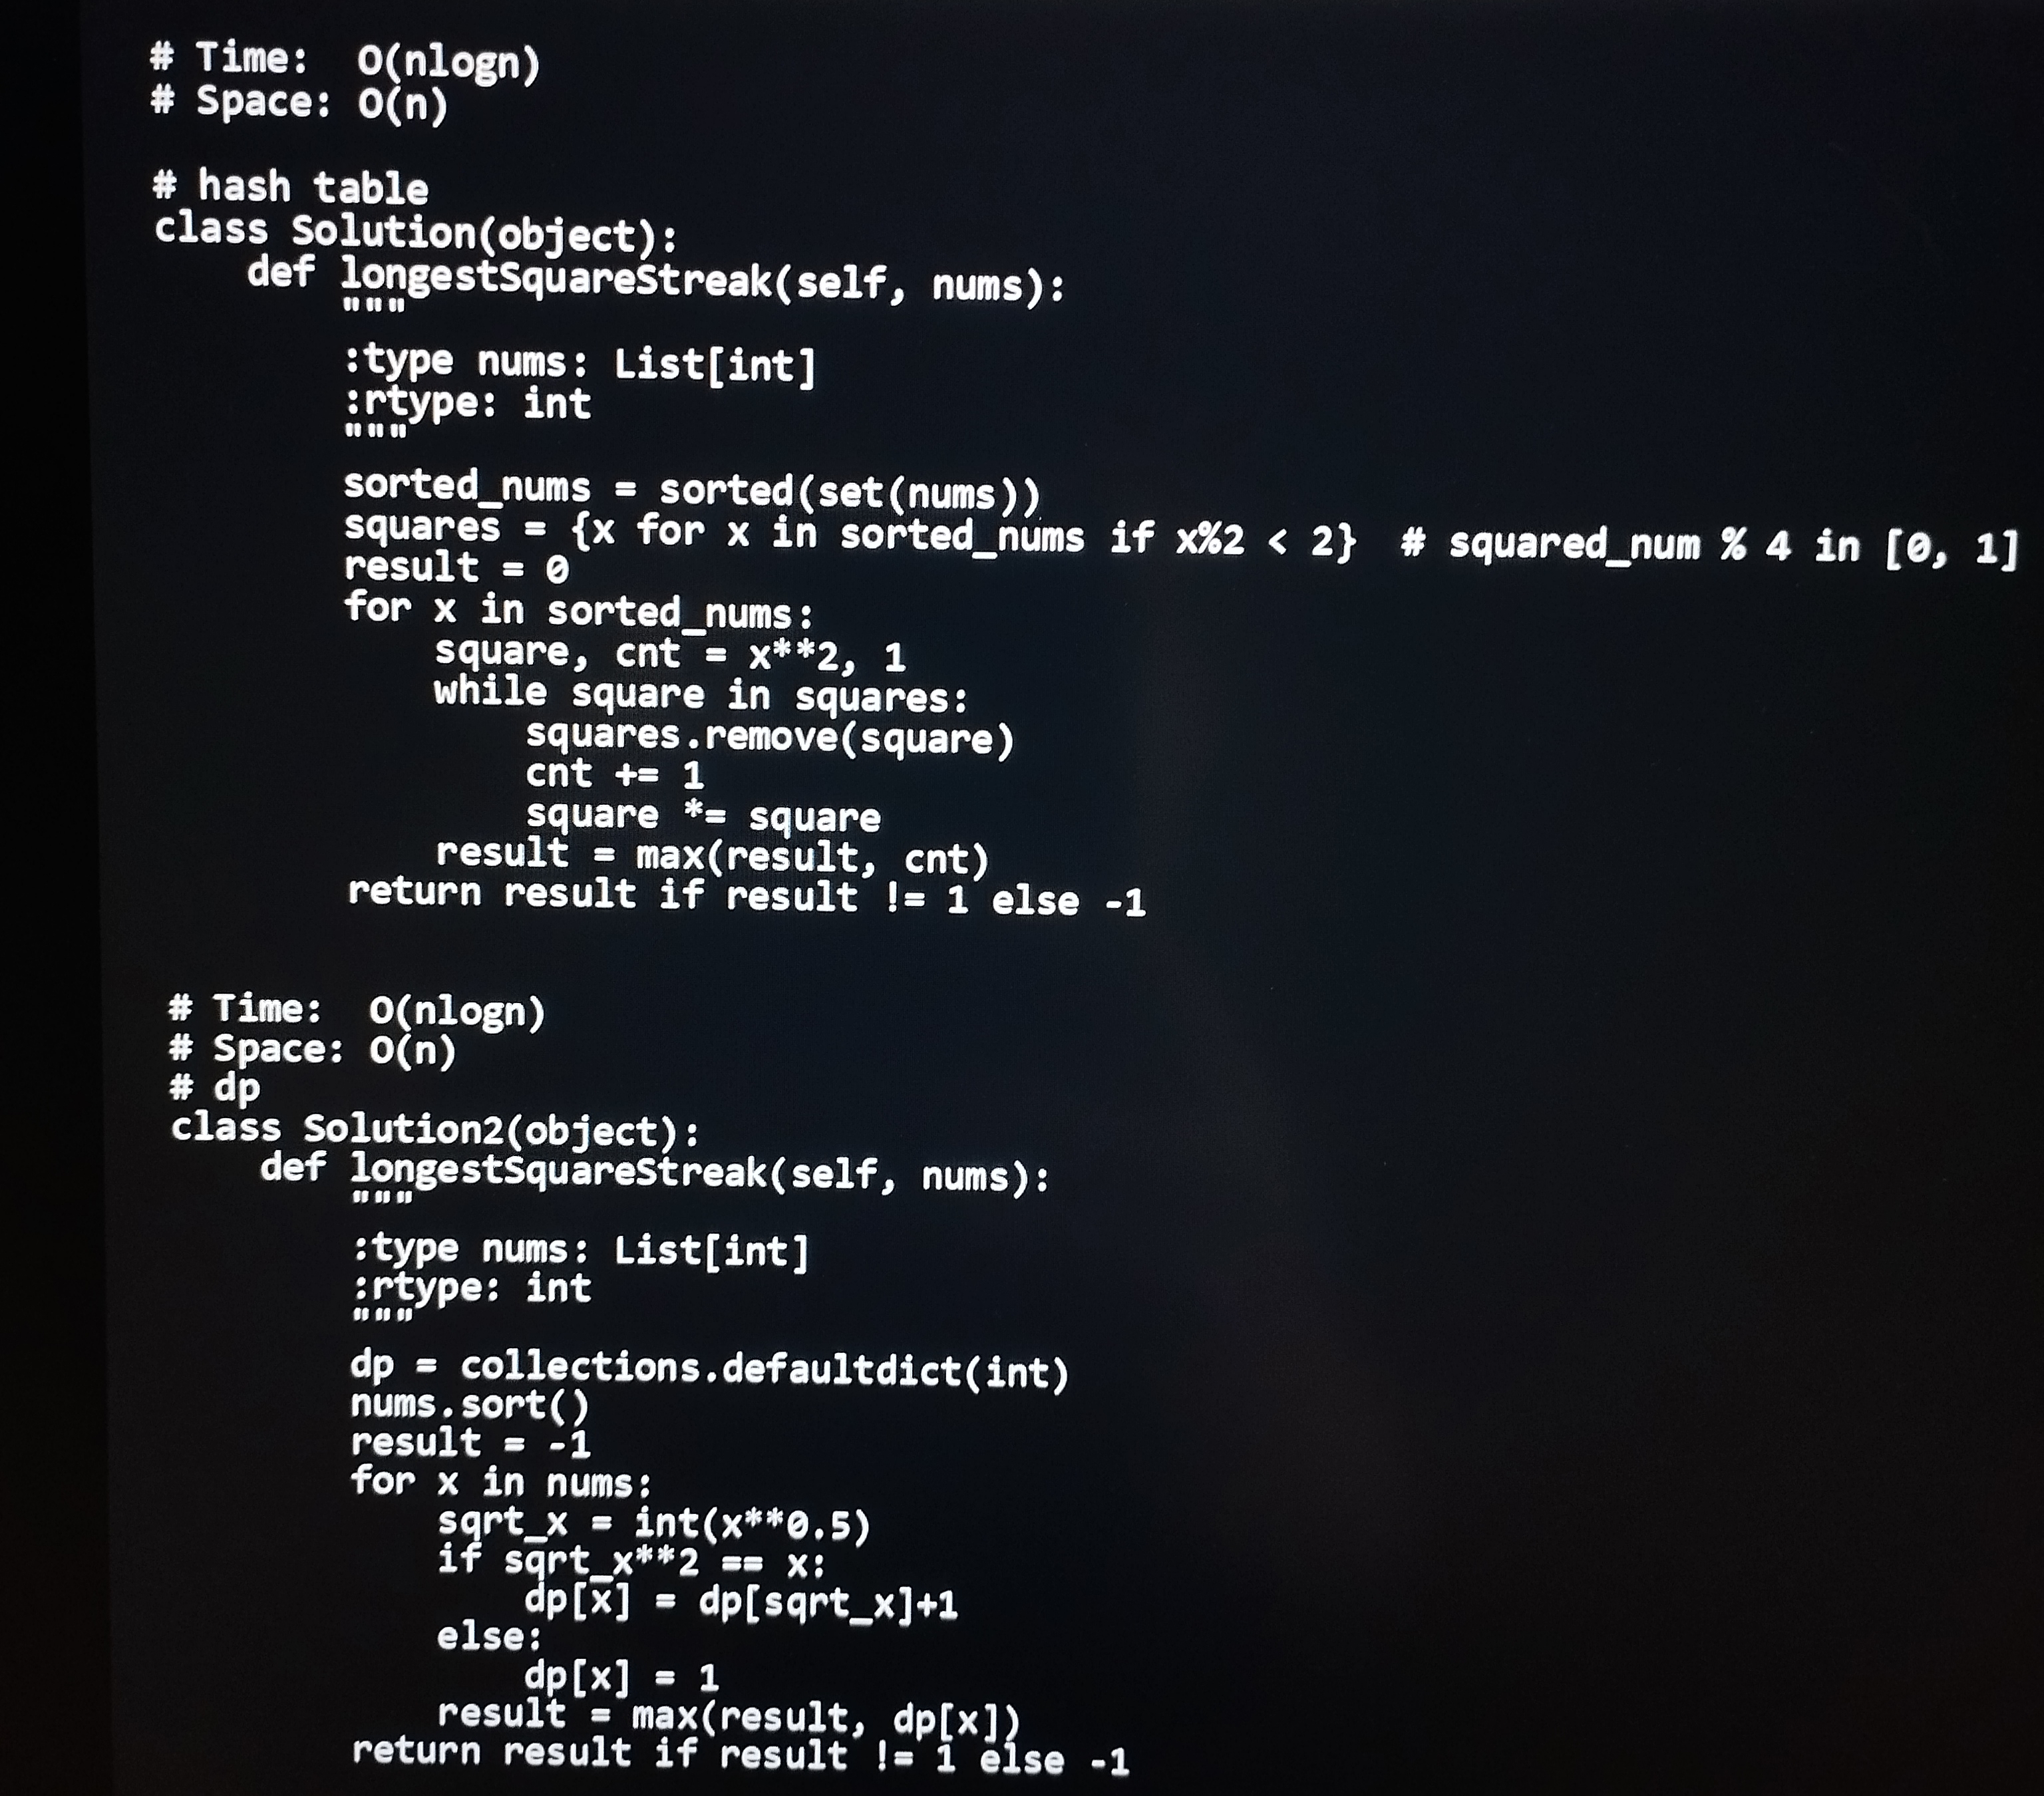
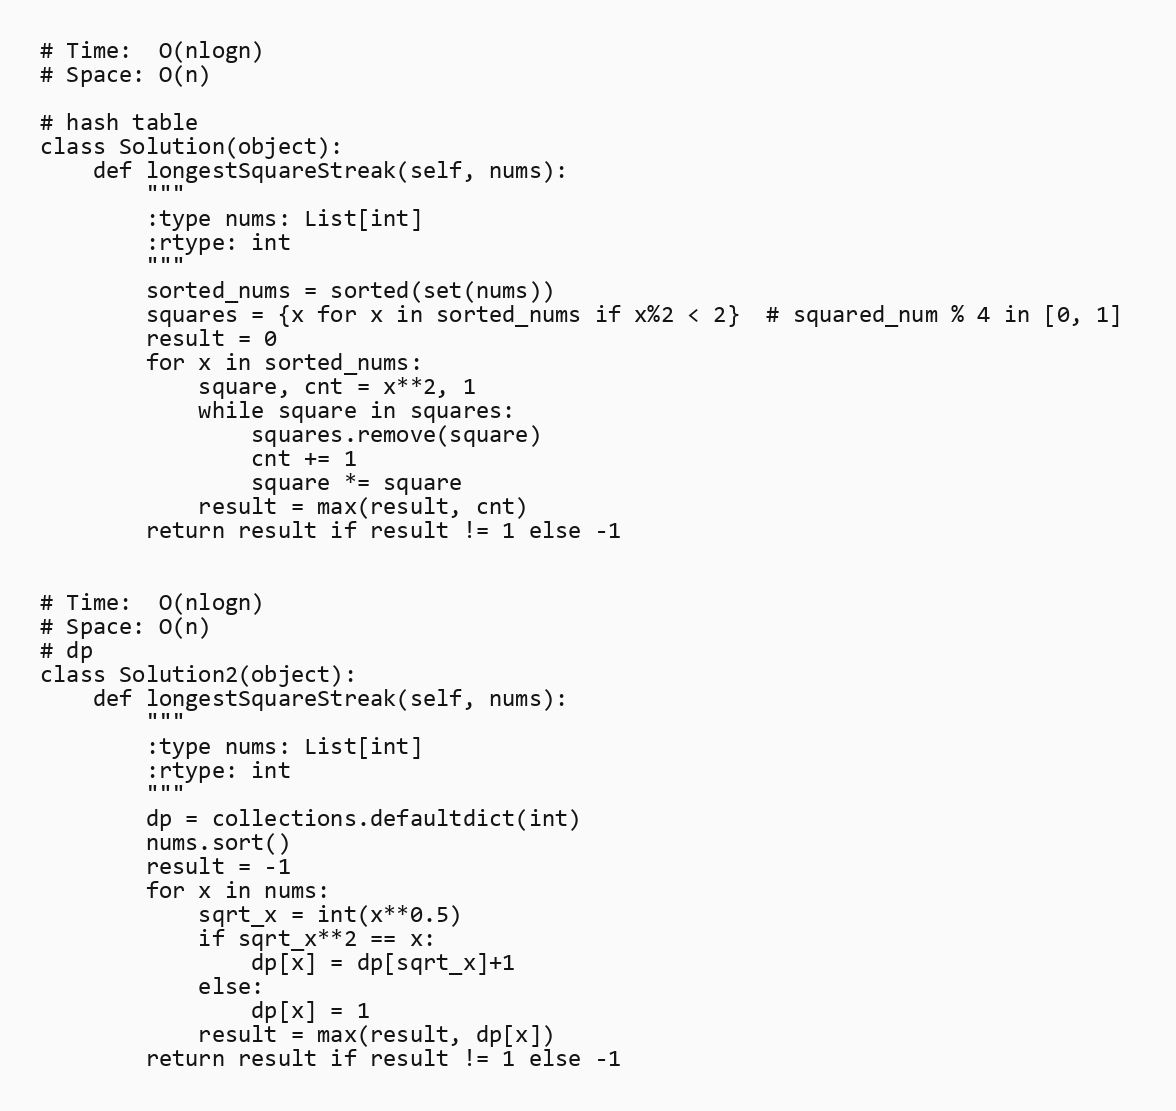
# Time:  O(nlogn)
# Space: O(n)

# hash table
class Solution(object):
    def longestSquareStreak(self, nums):
        """
        :type nums: List[int]
        :rtype: int
        """
        sorted_nums = sorted(set(nums))
        squares = {x for x in sorted_nums if x%2 < 2}  # squared_num % 4 in [0, 1]
        result = 0
        for x in sorted_nums:
            square, cnt = x**2, 1
            while square in squares:
                squares.remove(square)
                cnt += 1
                square *= square
            result = max(result, cnt)
        return result if result != 1 else -1

# Time:  O(nlogn)
# Space: O(n)
# dp
class Solution2(object):
    def longestSquareStreak(self, nums):
        """
        :type nums: List[int]
        :rtype: int
        """
        dp = collections.defaultdict(int)
        nums.sort()
        result = -1
        for x in nums:
            sqrt_x = int(x**0.5)
            if sqrt_x**2 == x:
                dp[x] = dp[sqrt_x]+1
            else:
                dp[x] = 1
            result = max(result, dp[x])
        return result if result != 1 else -1